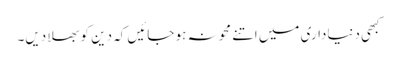
کبھی دنیاداری میں اتنے محو نہ ہو جائیں کہ دین کو بھلا دیں۔